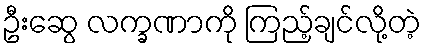
ဦးဆွေ လက္ခဏာကို ကြည့်ချင်လို့တဲ့